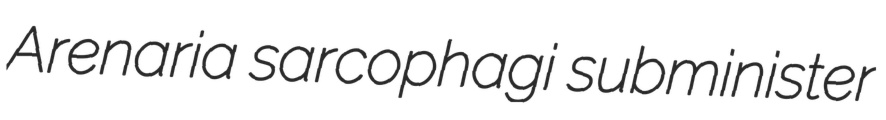
Arenaria sarcophagi subminister